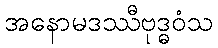
အနောမဒဿီဗုဒ္ဓဝံသ